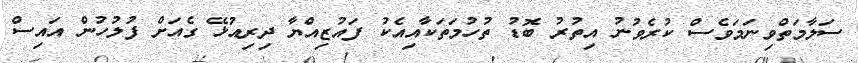
ސަލާމަތްވިނަމަވެސް ކުރެވުނު އިތުރު ބޮޑު ތުހުމަތަކާއިއެކު ފައުޒިއްޔާ ދިރިއުޅޭ ގެއަށް ފުލުހުން އައިސް